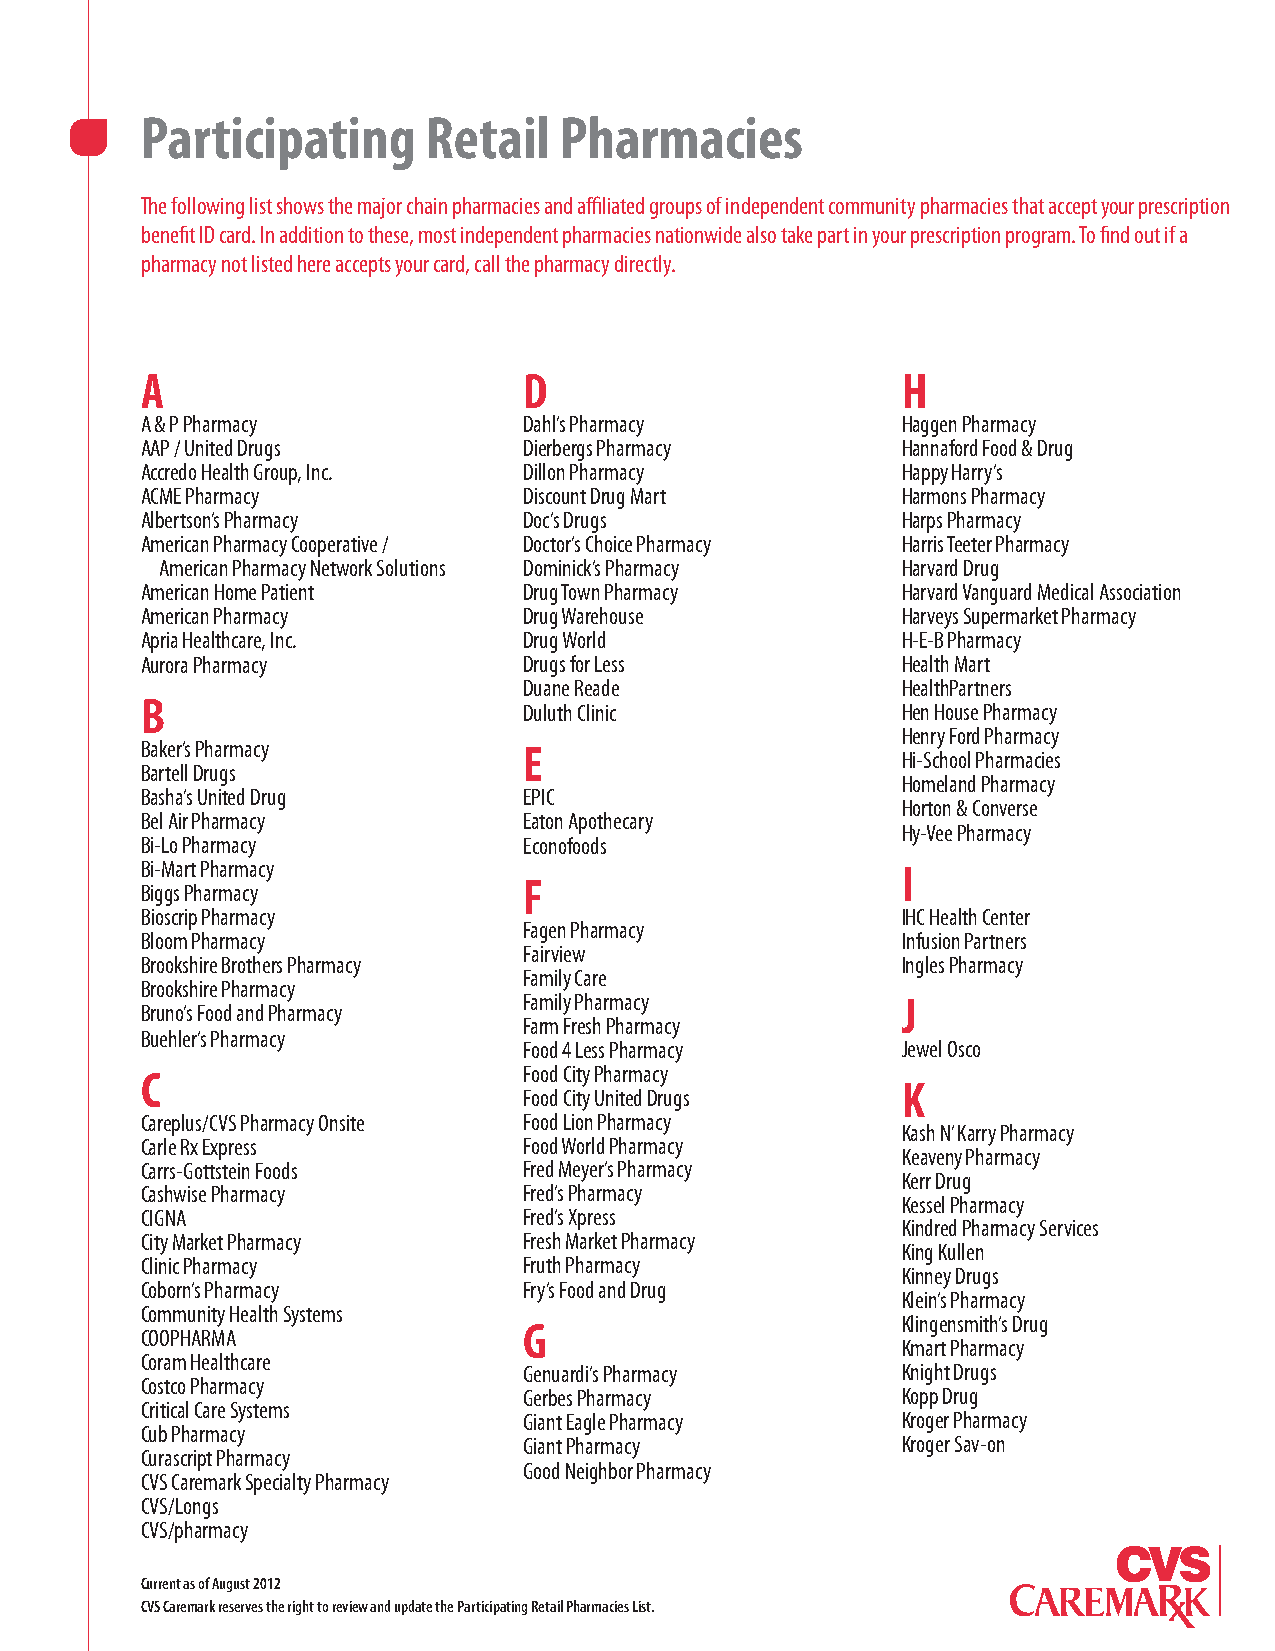
Participating      Retail   Pharmacies
 The following list shows the major chain pharmacies and affiliated groups of independent community pharmacies that accept your prescription
 benefit ID card. In addition to these, most independent pharmacies nationwide also take part in your prescription program. To find out if a
 pharmacy not listed here accepts your card, call the pharmacy directly.
 A                         D                        H
 A & P Pharmacy            Dahl’s Pharmacy          Haggen Pharmacy
 AAP / United Drugs        Dierbergs Pharmacy       Hannaford Food & Drug
 Accredo Health Group, Inc. Dillon Pharmacy         Happy Harry’s
 ACME Pharmacy             Discount Drug Mart       Harmons Pharmacy
 Albertson’s Pharmacy      Doc’s Drugs              Harps Pharmacy
 American Pharmacy Cooperative / Doctor’s Choice Pharmacy Harris Teeter Pharmacy
 American Pharmacy Network Solutions Dominick’s Pharmacy Harvard Drug
 American Home Patient     Drug Town Pharmacy       Harvard Vanguard Medical Association
 American Pharmacy         Drug Warehouse           Harveys Supermarket Pharmacy
 Apria Healthcare, Inc.    Drug World               H-E-B Pharmacy
 Aurora Pharmacy           Drugs for Less           Health Mart
 Duane Reade              HealthPartners
 B
 Duluth Clinic            Hen House Pharmacy
 Henry Ford Pharmacy
 Baker’s Pharmacy          E
 Hi-School Pharmacies
 Bartell Drugs
 Homeland Pharmacy
 Basha’s United Drug       EPIC
 Horton & Converse
 Bel Air Pharmacy          Eaton Apothecary
 Hy-Vee Pharmacy
 Bi-Lo Pharmacy            Econofoods
 Bi-Mart Pharmacy                                   I
 F
 Biggs Pharmacy
 Bioscrip Pharmacy                                  IHC Health Center
 Fagen Pharmacy
 Bloom Pharmacy                                     Infusion Partners
 Fairview
 Brookshire Brothers Pharmacy                       Ingles Pharmacy
 Family Care
 Brookshire Pharmacy
 Family Pharmacy          J
 Bruno’s Food and Pharmacy
 Farm Fresh Pharmacy
 Buehler’s Pharmacy
 Food 4 Less Pharmacy     Jewel Osco
 C                         Food City Pharmacy
 K
 Food City United Drugs
 Careplus/CVS Pharmacy Onsite Food Lion Pharmacy
 Kash N’ Karry Pharmacy
 Carle Rx Express          Food World Pharmacy
 Keaveny Pharmacy
 Carrs-Gottstein Foods     Fred Meyer’s Pharmacy
 Kerr Drug
 Cashwise Pharmacy         Fred’s Pharmacy
 Kessel Pharmacy
 CIGNA                     Fred’s Xpress
 Kindred Pharmacy Services
 City Market Pharmacy      Fresh Market Pharmacy
 King Kullen
 Clinic Pharmacy           Fruth Pharmacy
 Kinney Drugs
 Coborn’s Pharmacy         Fry’s Food and Drug
 Klein’s Pharmacy
 Community Health Systems
 Klingensmith’s Drug
 G
 COOPHARMA
 Kmart Pharmacy
 Coram Healthcare
 Genuardi’s Pharmacy      Knight Drugs
 Costco Pharmacy
 Gerbes Pharmacy          Kopp Drug
 Critical Care Systems
 Giant Eagle Pharmacy     Kroger Pharmacy
 Cub Pharmacy
 Giant Pharmacy           Kroger Sav-on
 Curascript Pharmacy
 Good Neighbor Pharmacy
 CVS Caremark Specialty Pharmacy
 CVS/Longs
 CVS/pharmacy
 Current as of August 2012
 CVS Caremark reserves the right to review and update the Participating Retail Pharmacies List.